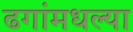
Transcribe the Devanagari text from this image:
ढगांमधल्या